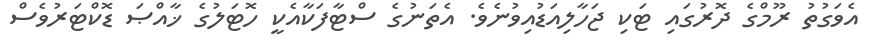
އެވަގުތު ރޫމްގެ ދޮރުގައި ޓަކި ޖަހާލިއަޑުއިވުނެވެ. އެތަނުގެ ސްޓާފަކާއެކީ ހޮޓަލުގެ ޚާއްޞަ ޑޮކްޓަރުވެސް